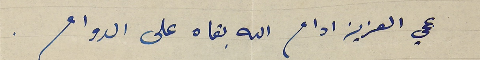
عمي العزيز ادام الله بقاه على الدوام.